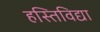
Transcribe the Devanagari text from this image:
हस्तिविद्या